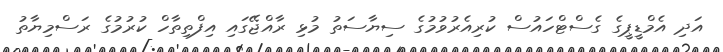
އަދި އެމްޑީޕީގެ ގެސްޓްހައުސް ކުރިއެރުވުމުގެ ސިޔާސަތު މުޅި ރާއްޖޭގައި އިފްތިތާހް ކުރުމުގެ ރަސްމިޔާތު